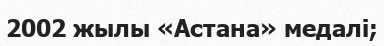
2002 жылы «Астана» медалі;